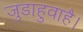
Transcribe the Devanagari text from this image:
जुडाहुवाहै।